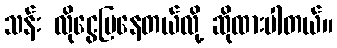
သန်း လိုငွေပြနေတယ်လို့ ဆိုထားပါတယ်။